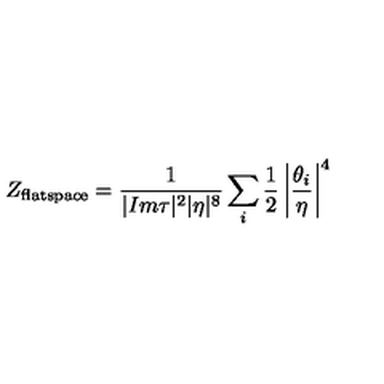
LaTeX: Z _ { \mathrm { f l a t s p a c e } } = { \frac { 1 } { | I m \tau | ^ { 2 } | \eta | ^ { 8 } } } \sum _ { i } { \frac { 1 } { 2 } } \left| { \frac { \theta _ { i } } { \eta } } \right| ^ { 4 }